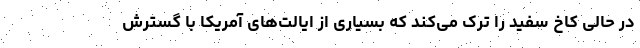
در حالی کاخ سفید را ترک می‌کند که بسیاری از ایالت‌های آمریکا با گسترش